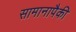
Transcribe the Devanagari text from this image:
सामानापैकी